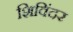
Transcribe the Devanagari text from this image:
शिविंदर